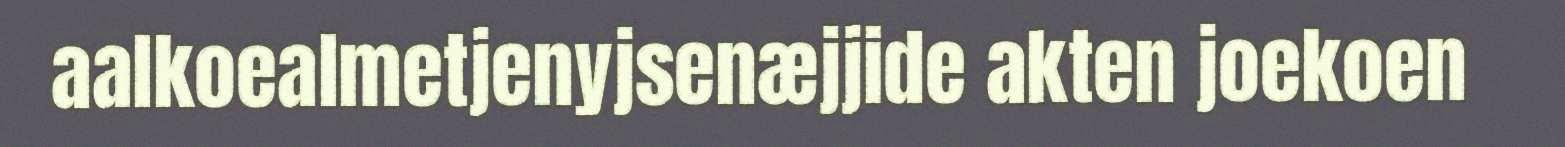
aalkoealmetjenyjsenæjjide akten joekoen